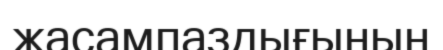
жасампаздығының